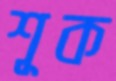
শূক